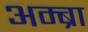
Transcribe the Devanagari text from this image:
अम्ब्रा